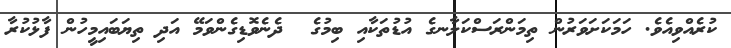
ކުރެއްވިއެވެ. ހަމަކަށަވަރުން ތިމަންރަސްކަލާނގެ އުޑުތަކާއި ބިމުގެ  ދެނެވޮޑިގެންވަމޭ އަދި ތިޔަބައިމީހުން ފާޅުކުރާ